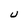
Character: U